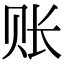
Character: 账